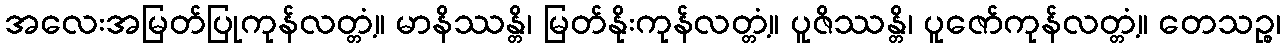
အလေးအမြတ်ပြုကုန်လတ္တံ့။ မာနိဿန္တိ၊ မြတ်နိုးကုန်လတ္တံ့။ ပူဇိဿန္တိ၊ ပူဇော်ကုန်လတ္တံ့။ တေသဉ္စ၊